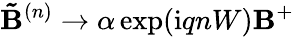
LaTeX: \mathbf{\tilde{B}}^{(n)}\to\alpha\exp(\mathrm{i}qnW)\mathbf{B}^{+}